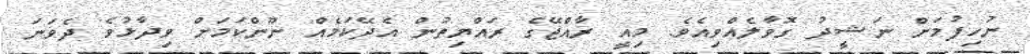
ނުހިފުމަށް ނަޝީދު ގޮވާލެއްވިއެވެ. މިއީ ރާއްޖޭގެ ރައްޔިތުން އެދޭކަމެއް ނޫންކަމަށް ވިދާޅުވެ ދެވަނަ